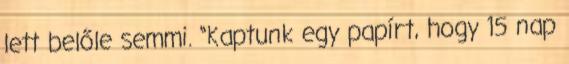
lett belőle semmi. “Kaptunk egy papírt, hogy 15 nap